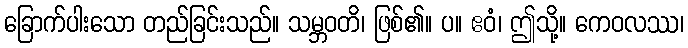
ခြောက်ပါးသော တည်ခြင်းသည်။ သမ္ဘဝတိ၊ ဖြစ်၏။ ပ။ ဧဝံ၊ ဤသို့။ ကေဝလဿ၊